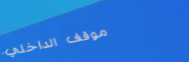
موقف الداخلي